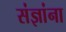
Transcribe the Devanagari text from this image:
संज्ञांना